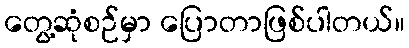
တွေ့ဆုံစဉ်မှာ ပြောတာဖြစ်ပါတယ်။